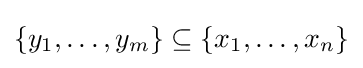
\{y_{1},\ldots ,y_{m}\}\subseteq \{x_{1},\ldots ,x_{n}\}